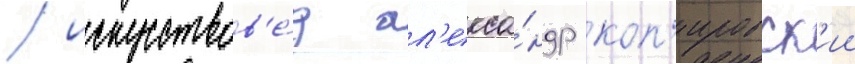
/ искусствов'е́д ал'екса́ндр коп'ировск'ии